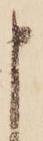
申